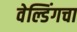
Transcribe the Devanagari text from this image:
वेल्डिंगचा